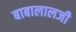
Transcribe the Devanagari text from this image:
बाबालालजी